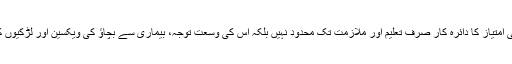
محقق کا کہنا ہے کہ ‘صنفی امتیاز کا دائرہ کار صرف تعلیم اور ملازمت تک محدود نہیں بلکہ اس کی وسعت توجہ، بیماری سے بچاؤ کی ویکسین اور لڑکیوں کی خوارک بھی شامل ہے’۔